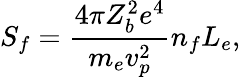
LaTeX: S_{f}=\frac{4\pi Z_{b}^{2}e^{4}}{m_{e}v_{p}^{2}}n_{f}L_{e},